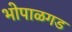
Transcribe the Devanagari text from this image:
भोपाळगड